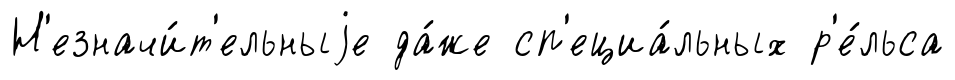
Н'езначи́т'ельныjе да́же сп'ециа́льных р'е́льса